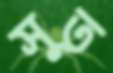
সুত